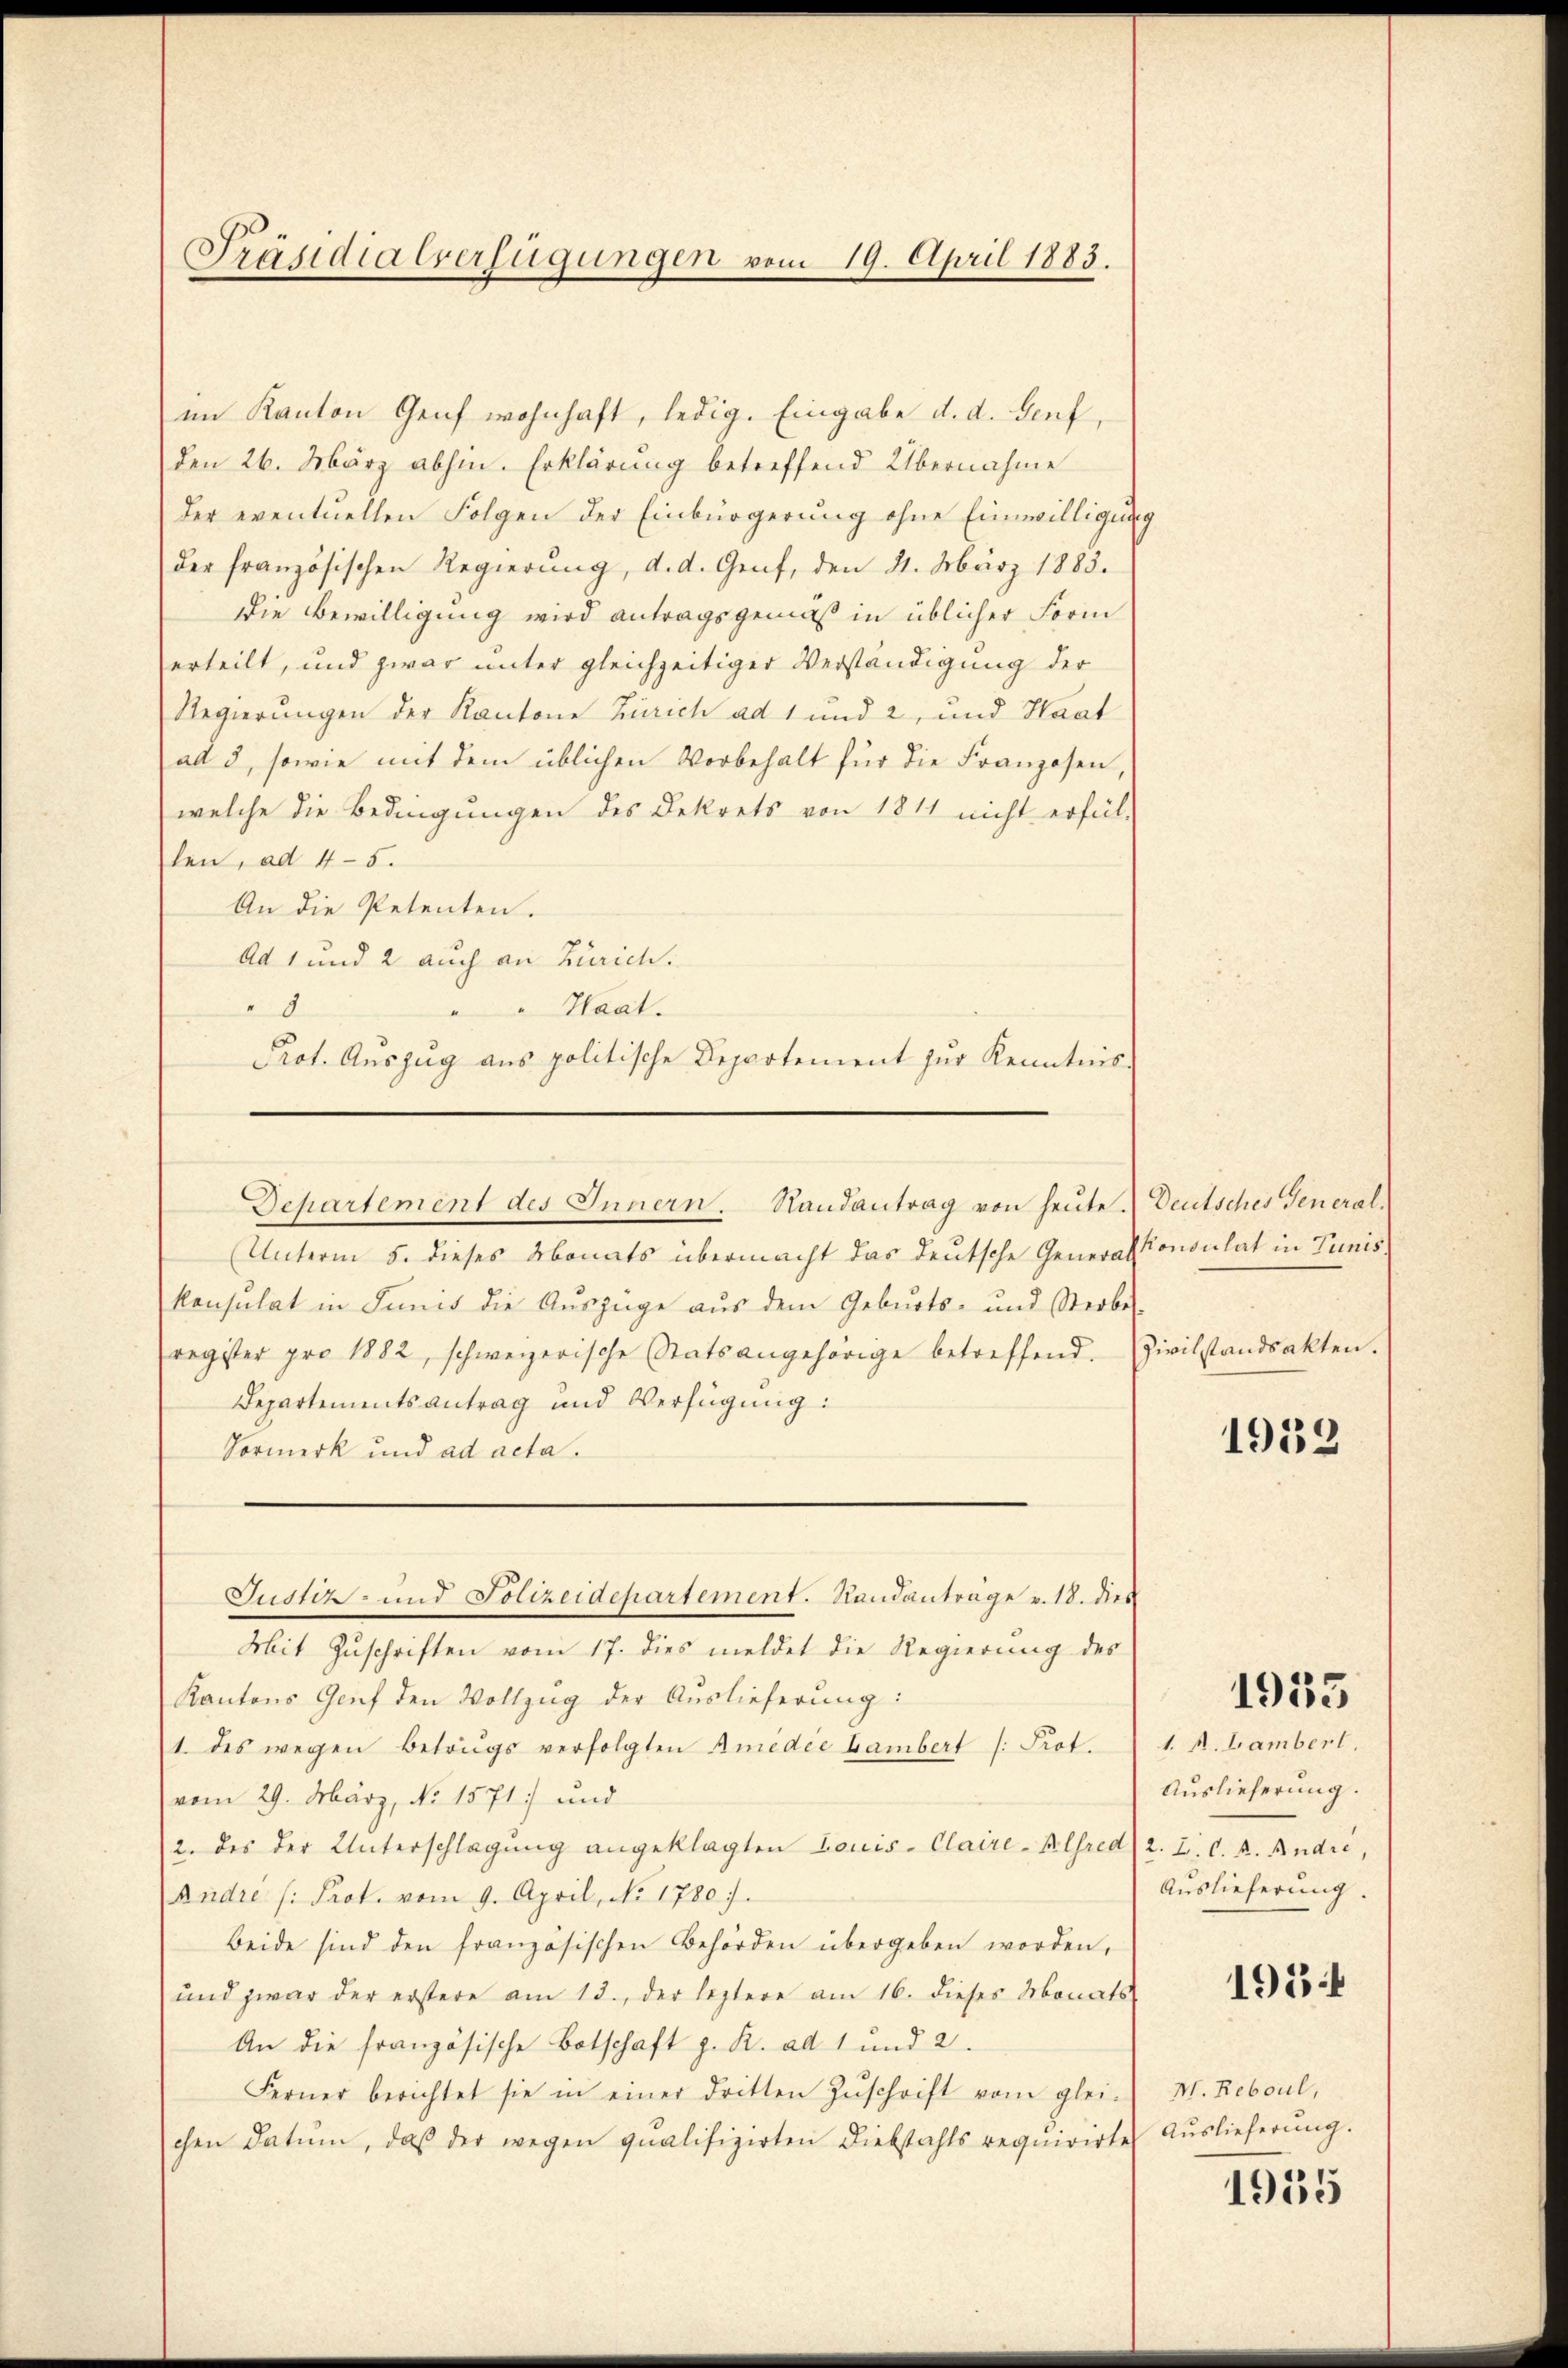
im Kanton Genf wohnhaft, ledig. Eingabe d. d. Genf,
den 26. März abhin. Erklärung betreffend Übernahme
der eventuellen Folgen der Einbürgerung ohne Einwilligung
der französischen Regierŭng, d. d. Genf, den 21. März 1883.
Die Bewilligung wird antragsgemäß in üblicher Form
erteilt, und zwar unter gleichzeitiger Verständigung der
Regierungen der Kantone Zürich ad 1 und 2, und Haat
ad 3, sowie mit dem üblichen Vorbehalt für die Franzosen,
welche die Bedingungen des Dekrets von 1811 nicht erfül-
len, ad 4-5.
An die Petenten.
Ad 1 und 2 auch an Zürich.
Haat.
0
Prot. Auszug aus politische Departement zur Kenntnis-

Präsidialverfügungen vom 19. April 1883.

Departement des Innern. Randantrag von heute. Deutsches General¬

(Unterm 5. dieses Monats übermacht das deutsche General-
konsulat in Junis die Auszüge aus dem Geburts- und Sterbes-
register pro 1882, schweizerische Statsangehörige betreffend. Zivilstandsakten.
Departementsantrag und Verfügung:
Vormerk und ad acta.
Mit Zuschriften vom 17. dies meldet die Regierung des
Kantons Genf den Vollzug der Auslieferung:
1. des wegen Betrugs verfolgten Amedie Hambert /: Prot.
vom 29. März, No. 1571 und
2. des der Unterschlagung angeklagten Louis-Claire-Alfred (2. Z. C. R. Andre,
Andre (: Prot. vom 9. April, No 1780.
beide sind den französischen Behörden übergeben worden,
und zwar der erstere am 13., der leztere am 16. dieses Monats
An die französische Botschaft z. R. ad 1 und 2.
Ferner berichtet sie in einer dritten Zŭschrift vom glei-
chen Datum, daß der wegen qualifizirten Diebstahls requirirte

Justiz- und Polizeidepartement. Randantrage v. 18. dies

Consulat in Tunis

1932

1935

1. A. Lambert.
Auslieferung.
Auslieferung.

195

M. Reboul,
Auslieferung.

1955